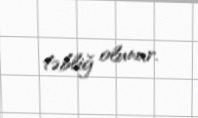
təbliğ olunur.